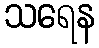
သရေန